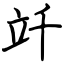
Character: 竏